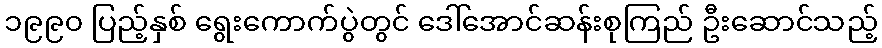
၁၉၉၀ ပြည့်နှစ် ရွေးကောက်ပွဲတွင် ဒေါ်အောင်ဆန်းစုကြည် ဦးဆောင်သည့်